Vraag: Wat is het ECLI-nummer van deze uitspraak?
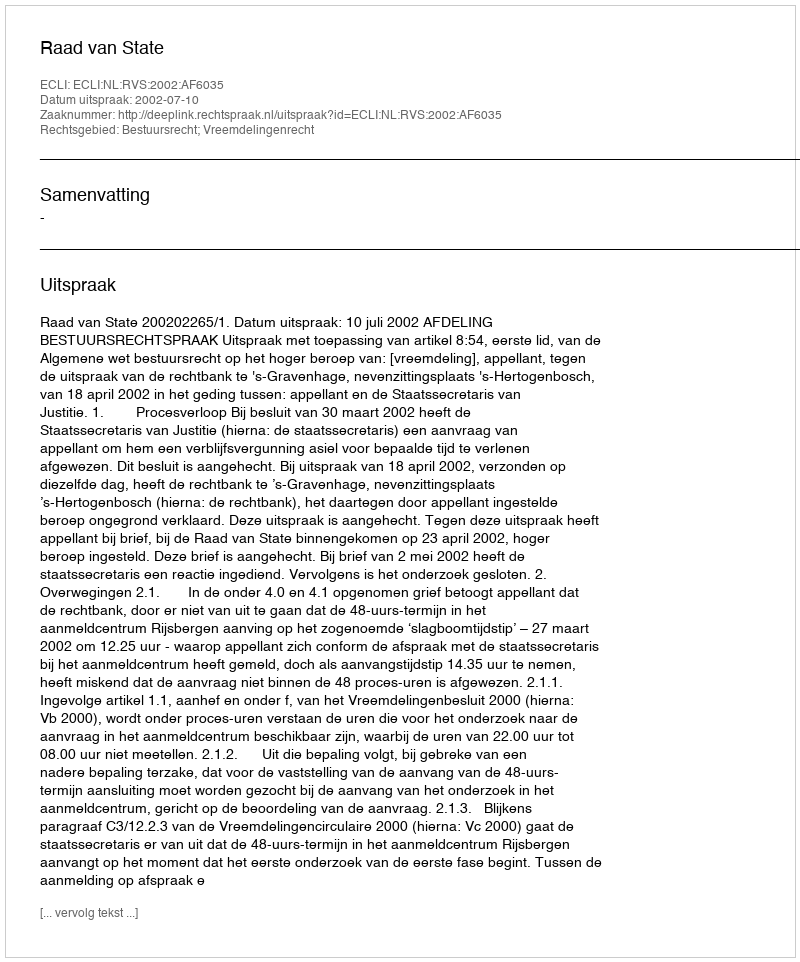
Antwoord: ECLI:NL:RVS:2002:AF6035